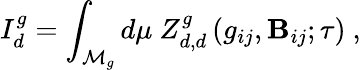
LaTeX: I_{d}^{g}=\int_{{\cal{M}}_{g}}d\mu~Z_{d,d}^{g}\left(g_{ij},\mathbf{B}_{ij};\tau\right)\ ,